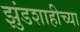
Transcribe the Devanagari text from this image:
झुंडशाहीच्या